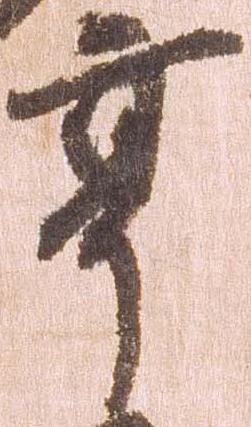
享